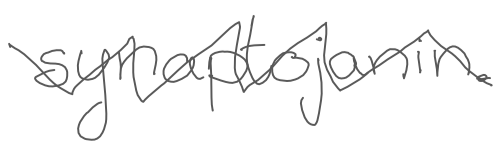
Text: synaptojanin.
Cross-out: zig-zag
Writing tool: digital_gray